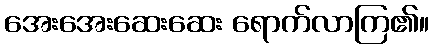
အေးအေးဆေးဆေး ရောက်လာကြ၏။